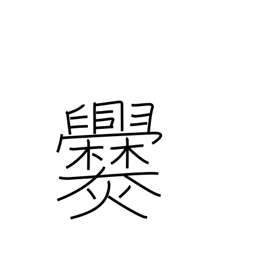
Meaning: cook